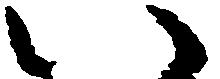
い